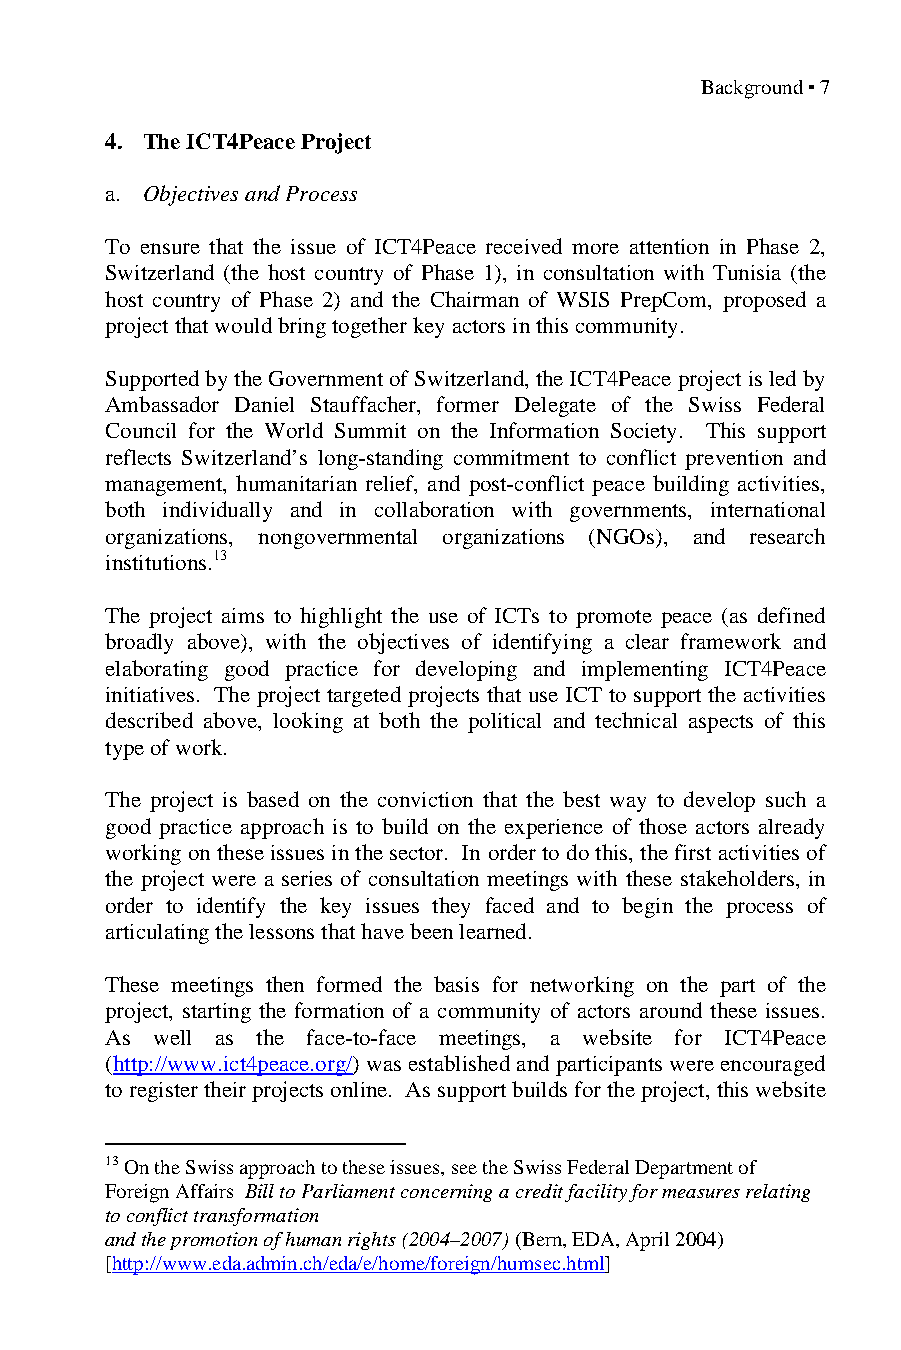
Background ▪ 7
 4. The ICT4Peace Project
 a. Objectives and Process
 To ensure that the issue of ICT4Peace received more attention in Phase 2,
 Switzerland (the host country of Phase 1), in consultation with Tunisia (the
 host country of Phase 2) and the Chairman of WSIS PrepCom, proposed a
 project that would bring together key actors in this community.
 Supported by the Government of Switzerland, the ICT4Peace project is led by
 Ambassador Daniel Stauffacher, former Delegate of the Swiss Federal
 Council for the World Summit on the Information Society. This support
 reflects Switzerland’s long-standing commitment to conflict prevention and
 management, humanitarian relief, and post-conflict peace building activities,
 both individually and in collaboration with governments, international
 organizations, nongovernmental organizations (NGOs), and research
 institutions.13
 The project aims to highlight the use of ICTs to promote peace (as defined
 broadly above), with the objectives of identifying a clear framework and
 elaborating good practice for developing and implementing ICT4Peace
 initiatives. The project targeted projects that use ICT to support the activities
 described above, looking at both the political and technical aspects of this
 type of work.
 The project is based on the conviction that the best way to develop such a
 good practice approach is to build on the experience of those actors already
 working on these issues in the sector. In order to do this, the first activities of
 the project were a series of consultation meetings with these stakeholders, in
 order to identify the key issues they faced and to begin the process of
 articulating the lessons that have been learned.
 These meetings then formed the basis for networking on the part of the
 project, starting the formation of a community of actors around these issues.
 As well as the face-to-face meetings, a website for ICT4Peace
 (http://www.ict4peace.org/) was established and participants were encouraged
 to register their projects online. As support builds for the project, this website
 13 On the Swiss approach to these issues, see the Swiss Federal Department of
 Foreign Affairs Bill to Parliament concerning a credit facility for measures relating
 to conflict transformation
 and the promotion of human rights (2004–2007) (Bern, EDA, April 2004)
 [http://www.eda.admin.ch/eda/e/home/foreign/humsec.html]